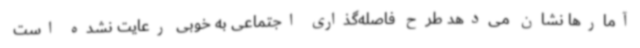
آمارها نشان می‌دهد طرح فاصله‌گذاری اجتماعی به خوبی رعایت نشده است